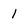
Character: 1